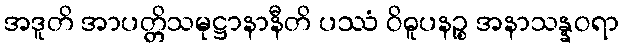
အဒူတိ အာပတ္တိသမုဋ္ဌာနာနီတိ ပဿံ ဝိဓူပနဉ္စ အနာသန္နဝရာ